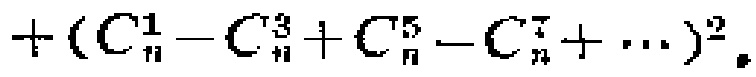
$+(\mathrm{C}_{n}^{1}-\mathrm{C}_{n}^{3}+\mathrm{C}_{n}^{5}-\mathrm{C}_{n}^{7}+\cdots)^{2}$